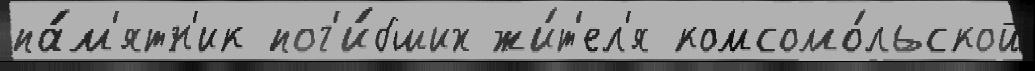
па́м'ятн'ик пог'и́бших жи́т'ел'я комсомо́льской